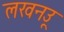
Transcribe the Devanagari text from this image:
लखनउू